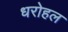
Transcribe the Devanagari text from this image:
धरोहल